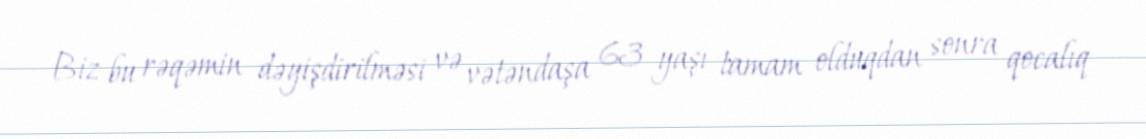
Biz bu rəqəmin dəyişdirilməsi və vətəndaşa 63 yaşı tamam olduqdan sonra qocalıq